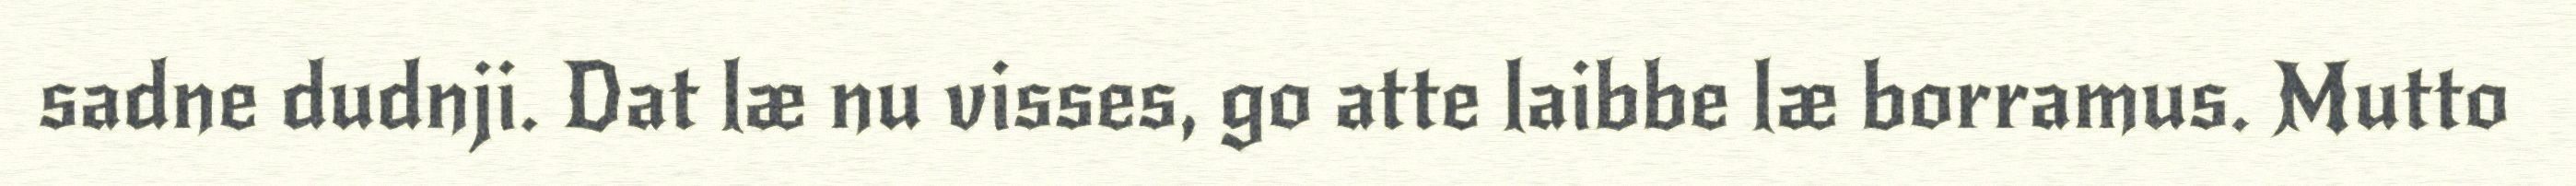
sadne dudnji. Dat læ nu visses, go atte laibbe læ borramus. Mutto